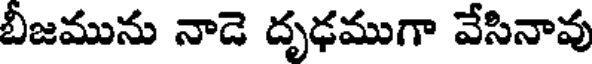
బీజమును నాడె దృఢముగా వేసినావు